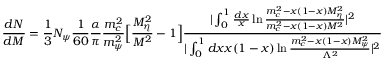
\frac { d N } { d M } = \frac { 1 } { 3 } N _ { \psi } \frac { 1 } { 6 0 } \frac { \alpha } { \pi } \frac { m _ { c } ^ { 2 } } { m _ { \psi } ^ { 2 } } \Big [ \frac { M _ { \eta } ^ { 2 } } { M ^ { 2 } } - 1 \Big ] \frac { \vert \int _ { 0 } ^ { 1 } { \frac { d x } { x } } \ln \frac { m _ { c } ^ { 2 } - x ( 1 - x ) M _ { \eta } ^ { 2 } } { m _ { c } ^ { 2 } - x ( 1 - x ) M ^ { 2 } } \vert ^ { 2 } } { \vert \int _ { 0 } ^ { 1 } d x x ( 1 - x ) \ln \frac { m _ { c } ^ { 2 } - x ( 1 - x ) M _ { \psi } ^ { 2 } } { \Lambda ^ { 2 } } \vert ^ { 2 } }